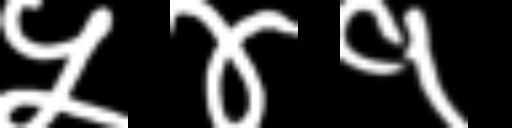
Text: ५४१